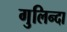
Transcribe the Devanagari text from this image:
गुलिन्दा